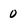
Character: 0